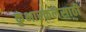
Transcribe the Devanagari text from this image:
कुंभारकलेसाठी